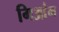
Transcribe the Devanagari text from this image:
गिआंग